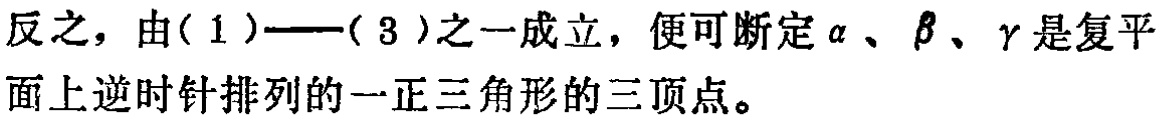
反之，由(1)——(3)之一成立，便可断定$\alpha$、$\beta$、$\gamma$是复平面上逆时针排列的一正三角形的三顶点。